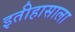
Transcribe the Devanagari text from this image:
इतीहासाला